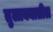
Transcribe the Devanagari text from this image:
तुलाक्यातील